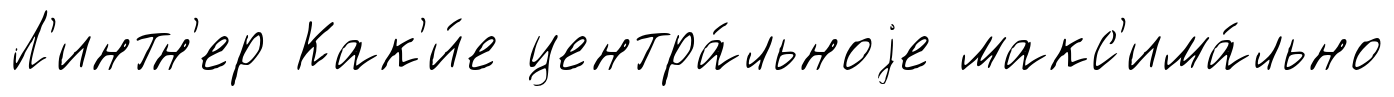
Л'интн'ер Как'и́е центра́льноjе макс'има́льно